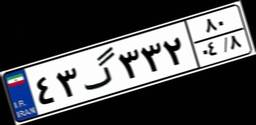
۳۰گ۲۲۱۰۲